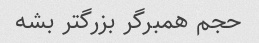
حجم همبرگر بزرگتر بشه